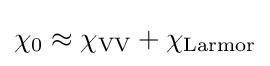
\chi _{0}\approx \chi _{\rm {VV}}+\chi _{\rm {Larmor}}